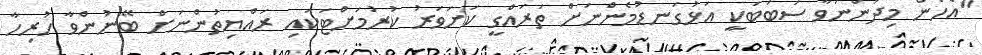
"އެހެން މިދަންނަވާ ސަބަބަކީ އަޅުގަނޑުމެންނަށް ތަރައްގީ ކަށަވަރު ކުރުމަށްޓަކައި ރައްޔިތުންނަށް ބޭނުންވާ ހުރިހާ